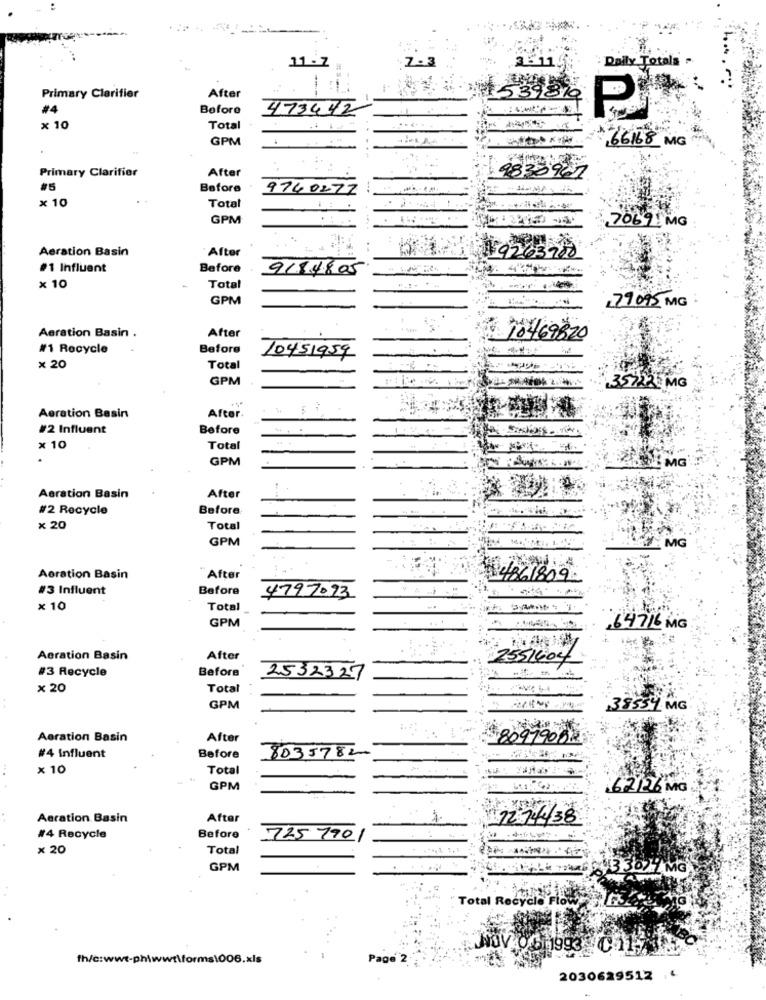
11-7
7.3
Daily Totala
Primary Clarifier
After
1539819
#4
Before
473442
P
x 10
Total
GPM
66168 MG
Primary Clarifier
After
9833961
#5
Before
9740277
× 10
Total
GPM
7069 MG
Aeration Basin
" After
9263700
#1 Influent
Before
9184805
.....
× 10
Total
GPM
79095 MG :
After
Aeration Basin .
10469820
#1 Recycle
Before
10451959
× 20
Total
GPM
357225 MG
Aeration Basin
After.
#2 Influent
Before
× 10
Total
GPM
Aeration Basin
After
#2 Recycle
Before
× 20
Total
GPM
MG
Aoration Basin
After
44861809
#3 Influent
Before
4797.93
× 10
Total
GPM
64716 MG
Aeration Basin
After
7551604
#3 Recycle
Before
2532327
× 20
Total
GPM
38534 MG
Aeration Basin
After
80919082
8035782
#4 influent
Before
× 10
Total
GPM
62126 MG
Aeration Basin
After
12 74438
#4 Recycle
Before
725 7901
× 20
Total
GPM
3 3077 MG
Total Recycle Flow
NOV 06 199
fh/c:wwt-ph\wwt\forms\006.xls
Page 2
2030629512